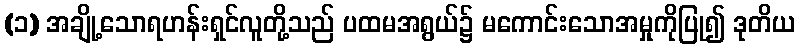
(၁) အချို့သောရဟန်းရှင်လူတို့သည် ပထမအရွယ်၌ မကောင်းသောအမှုကိုပြု၍ ဒုတိယ